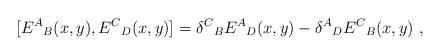
LaTeX: \begin{align*} [{E^A}_B(x,y) , {E^C}_D(x,y)] = {\delta^C}_B{E^A}_D(x,y) - {\delta^A}_D {E^C}_B(x,y) \ ,\end{align*}